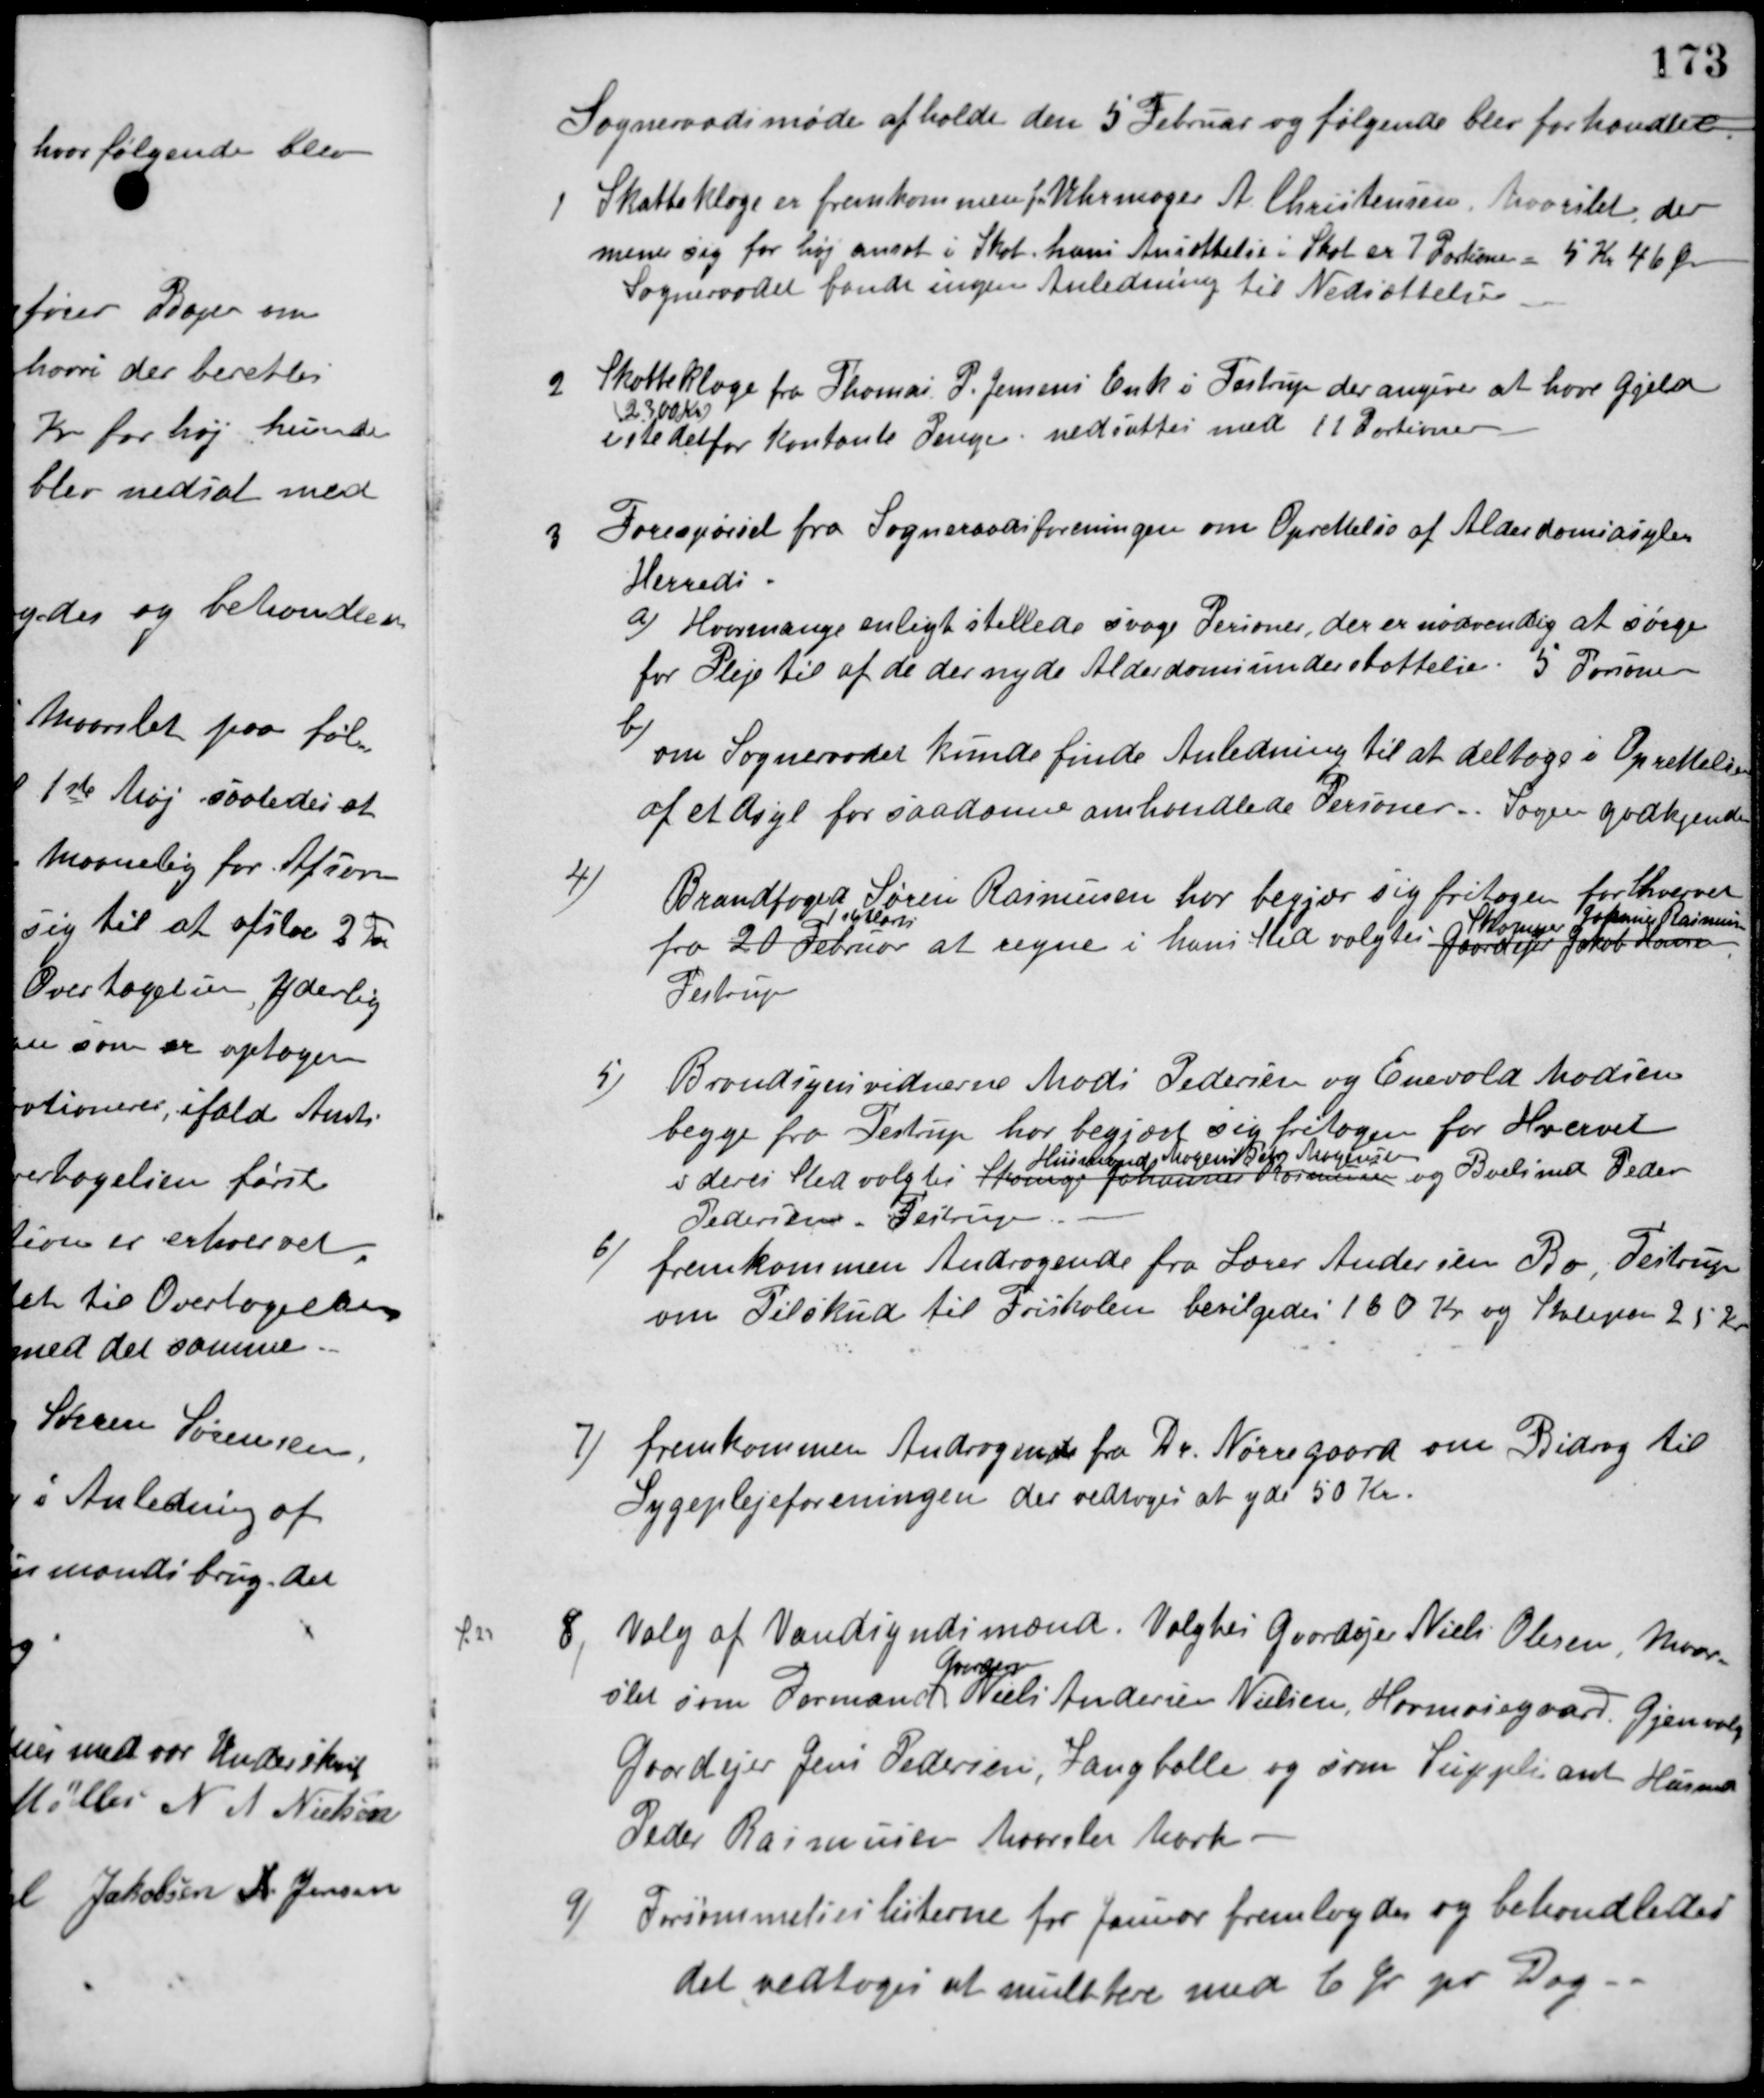
Transskription:
Sogneraadsmøde afholdt den 5 Februar og følgende blev forhandlet.
1 Skatteklage er fremkommen fra Uhrmager A. Christensen, Maarslet, der
mener sig for høj ansat i Skat. hans Ansættelse i Skat er 7 Portioner - 5 Kr. 46 Øre
Sogneraadet fandt ingen Anledning til Nedsættelse.
2 Skatteklage fra Thomas P. Jensens Enke i Testrup der angiver at have Gjeld
2.300 Kr.
este derfor kontante Penge - nedsattes med 11 Portioner.
3 Forespørgel fra Sogneraadsforeningen om Oprettelse af Alderdomsasyler
Herreds
a) Hvormange enligt stillede svage Personer, der er nødvendig at sørge
for Pleje til af de der nyde Alderdomsunderstøttelse. 5 Personer.
b) om Sogneraadet kunde finde Anledning til at deltage i Oprettelse
af et Asyl for saadanne omhandlede Personer. Sagen godkjendes.
4) Brandfoged Søren Rasmussen har begjær sig fritagen for hvervet
fra 20 Februar
1 Marts
at regne i hans Sted valgtes Gaardejer Jakob Hansen,
Skomager Johannes Rasmussen
Testrup
5) Brandsynsvidnerne Mads Pedersen og Enevold Madsen
begge fra Testrup har begjært sig fritagen for Hvervet
i deres Sted valgtes Skomager Johannes Rasmussen
Husmand Mogens Peter Mogensen
og Boelsmd. Peder
Pedersen, Testrup
6) fremkommen Andragende fra Lærer Andersen Bo, Testrup
om Tilskud til Friskolen bevilgedes 160 Kr. og Skolepenge 25 Kr.
7) fremkommen Andragende fra Dr. Nørregaard om Bidrag til
Sygeplejeforeningen der vedtoges at yde 50 Kr.
8, Valg af Vandsyndsmænd. Valgtes Gaardejer Niels Olesen, Maar-
slet som Formand
Gaardejer
Niels Andersen Nielsen, Havmosegaard, Gjenvalg
Gaardejer Jens Pedersen, Langballe og som Suppleant Husmd.
Peder Rasmussen Maarslet Mark.
S. 23
9) Forsømmelseslisterne for Januar fremlagdes og behandledes
det vedtoges at mulktere med 6 Øre pr. Dag.